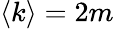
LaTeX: \left<k\right>=2m